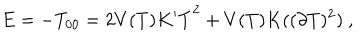
E = - T _ { 0 0 } = 2 V ( T ) K ^ { \prime } \dot { T } ^ { 2 } + V ( T ) K ( ( \partial T ) ^ { 2 } ) \ ,